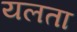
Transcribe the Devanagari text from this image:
यलता